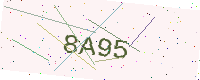
Text: 8A95